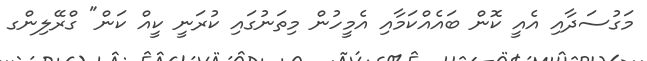
މަގުސަދާއި އެއީ ކޮން ބައެއްކަމާއި އެމީހުން މިތަނުގައި ކުރަނީ ކީއް ކަން" ގްރޭލިންގ